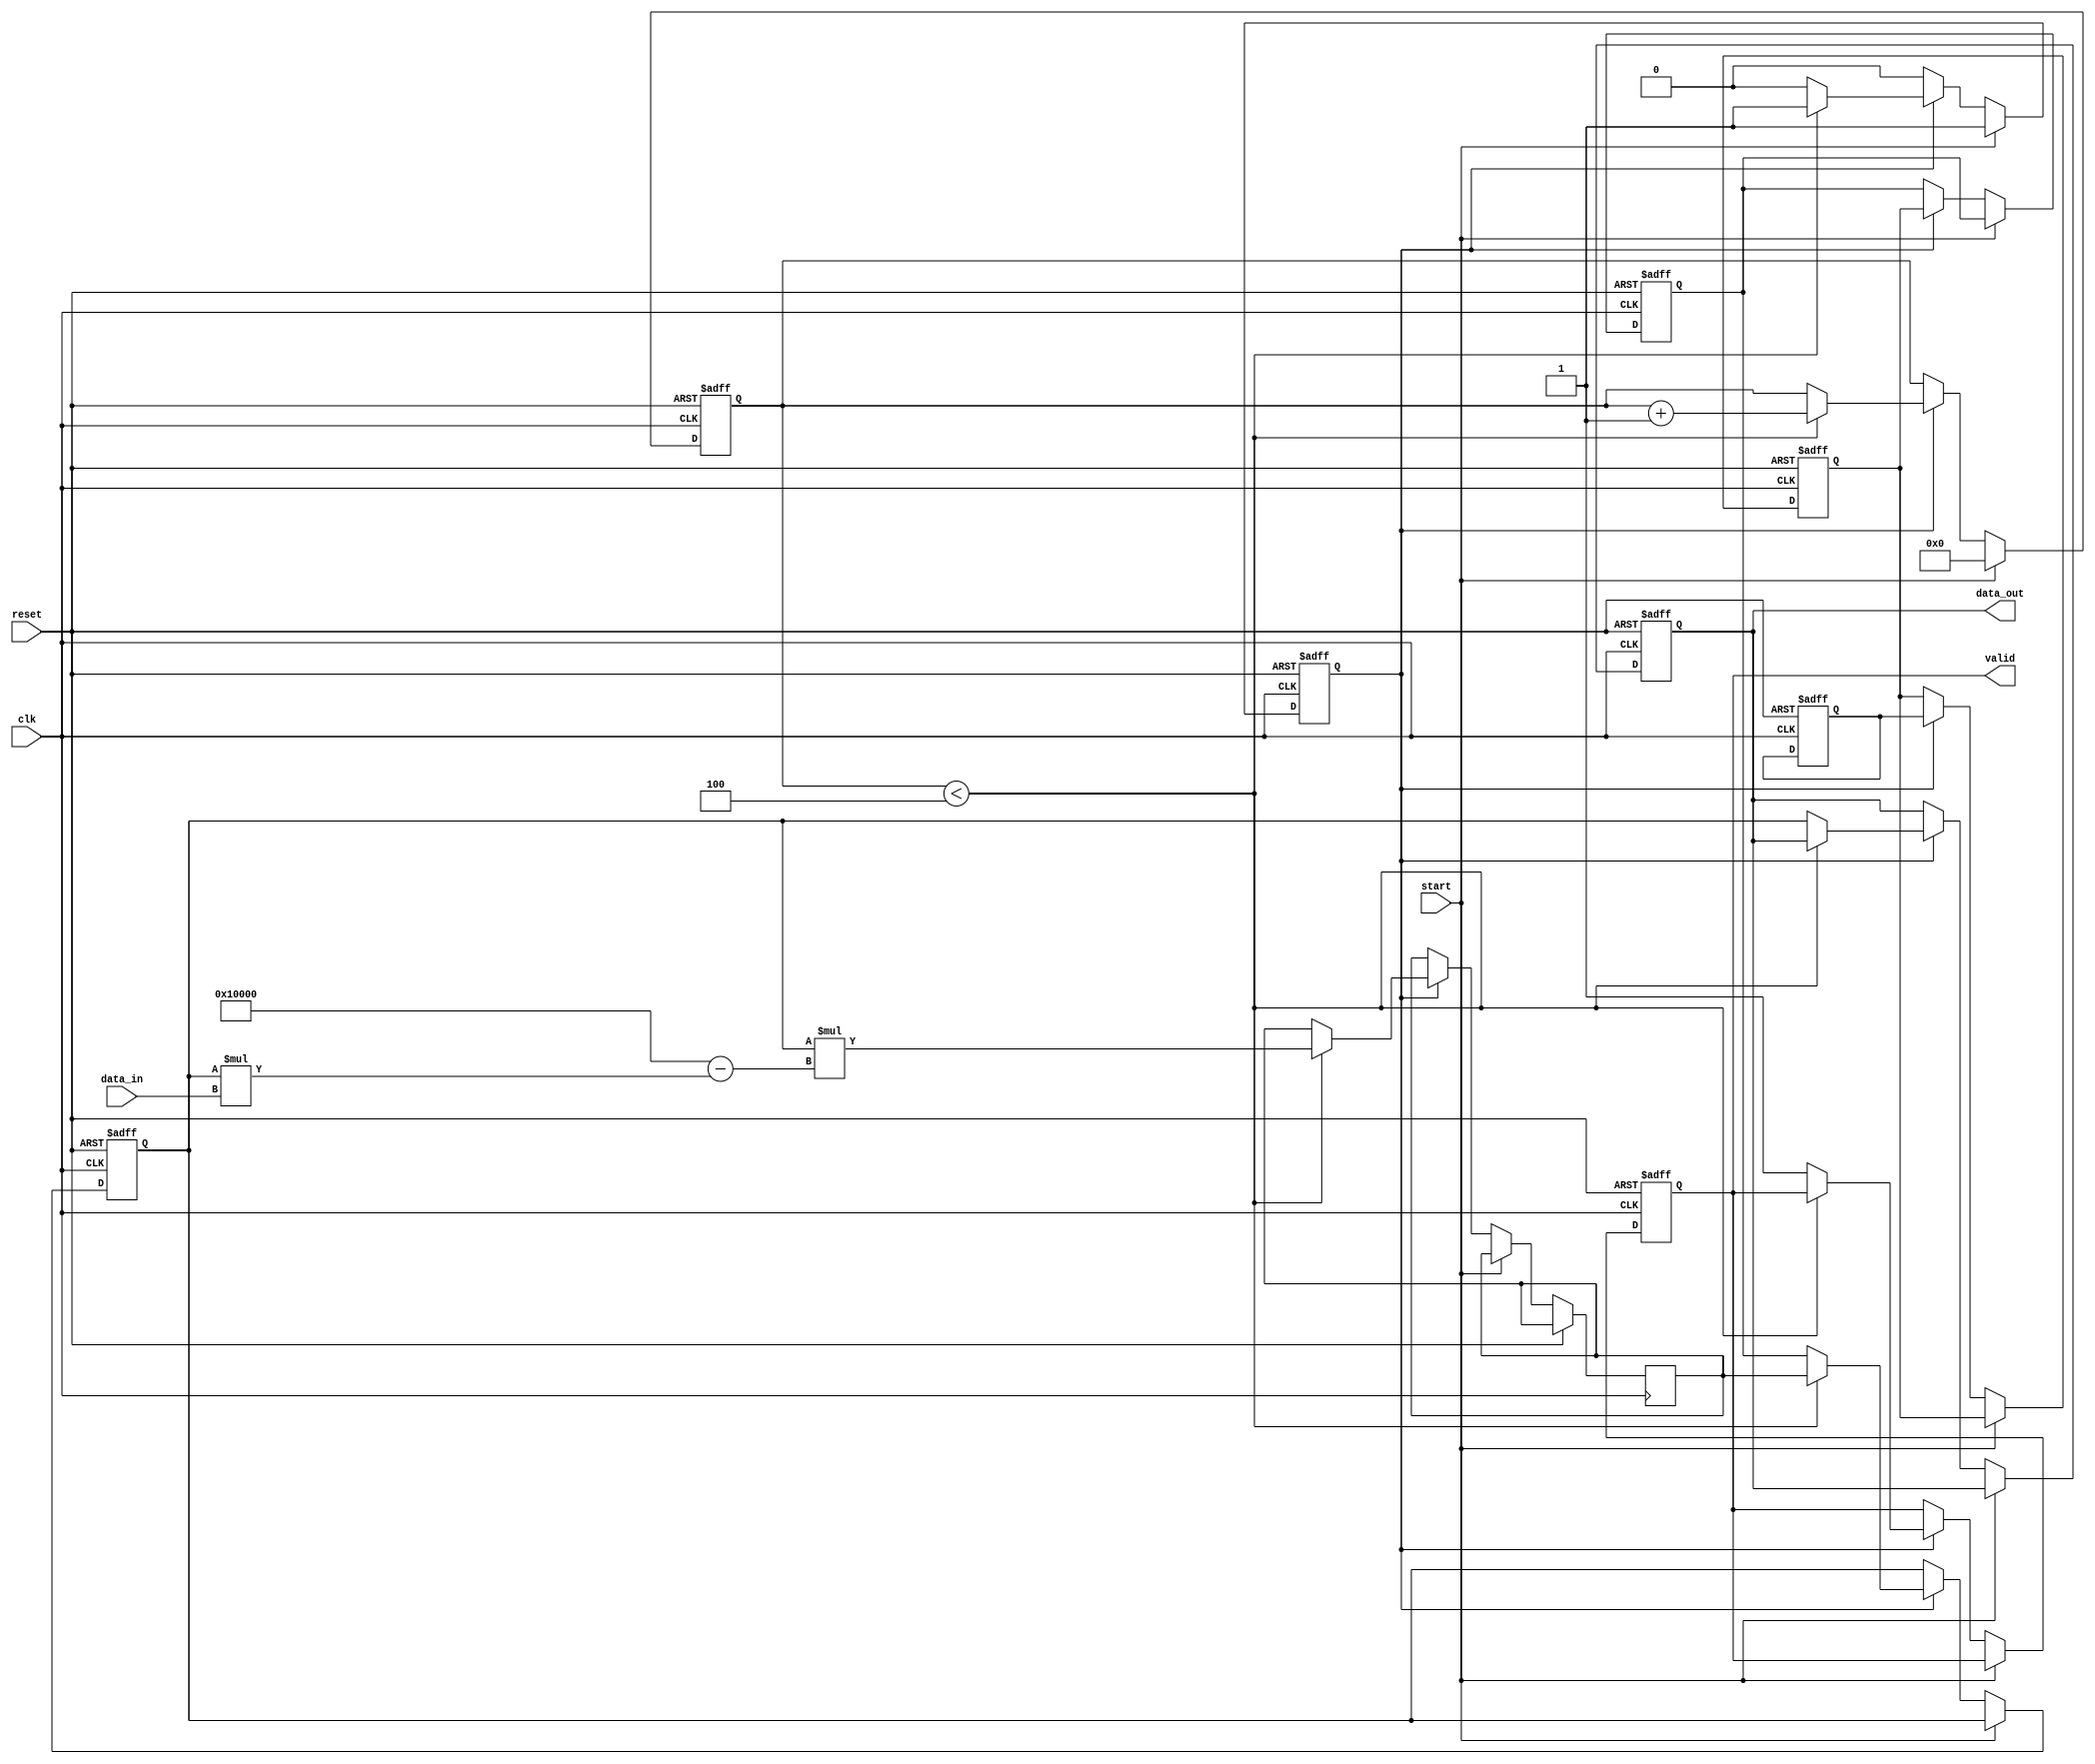
module systolic_array_reciprocal #(
    parameter DATA_WIDTH = 16,  // Bit-width of input and output data
    parameter PE_ROWS = 4,       // Number of processing elements in rows
    parameter PE_COLS = 4        // Number of processing elements in columns
)(
    input  wire [DATA_WIDTH-1:0] data_in,  // Input data
    input  wire clk,                        // Clock signal
    input  wire reset,                      // Reset signal
    input  wire start,                      // Start signal
    output reg  [DATA_WIDTH-1:0] data_out, // Output data
    output reg valid                       // Valid signal
);

    // Internal signals
    reg [DATA_WIDTH-1:0] pe [0:PE_ROWS-1][0:PE_COLS-1]; // Processing elements
    reg [DATA_WIDTH-1:0] x; // Current approximation
    reg [DATA_WIDTH-1:0] y; // Next approximation
    reg [3:0] cycle_count;  // Cycle counter
    reg processing;          // Processing state

    // Initialize processing elements and state
    integer i, j;
    always @(posedge clk or posedge reset) begin
        if (reset) begin
            data_out <= 0;
            valid <= 0;
            cycle_count <= 0;
            processing <= 0;
            for (i = 0; i < PE_ROWS; i = i + 1) begin
                for (j = 0; j < PE_COLS; j = j + 1) begin
                    pe[i][j] <= 0;
                end
            end
        end else if (start) begin
            // Load input data into the first PE
            x <= data_in;
            cycle_count <= 0;
            processing <= 1;
        end else if (processing) begin
            // Systolic array processing
            // Example: Simple Newton-Raphson iteration
            // x(n+1) = x(n) * (2 - x(n) * data_in)
            // Here we assume data_in is the value for which we want the reciprocal

            // Update processing elements
            for (i = 0; i < PE_ROWS; i = i + 1) begin
                for (j = 0; j < PE_COLS; j = j + 1) begin
                    if (i == 0 && j == 0) begin
                        pe[i][j] <= x; // Load initial value
                    end else if (j > 0) begin
                        pe[i][j] <= pe[i][j-1]; // Pass value from left
                    end
                end
            end

            // Compute next approximation in the last PE
            if (cycle_count < PE_ROWS) begin
                y <= pe[PE_ROWS-1][PE_COLS-1] * (2**DATA_WIDTH - pe[PE_ROWS-1][PE_COLS-1] * data_in);
                pe[PE_ROWS-1][PE_COLS-1] <= y; // Update last PE
                cycle_count <= cycle_count + 1;
            end else begin
                // Final output after processing
                data_out <= pe[PE_ROWS-1][PE_COLS-1];
                valid <= 1; // Signal that output is valid
                processing <= 0; // Stop processing
            end
        end
    end

endmodule